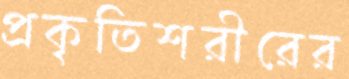
প্রকৃতিশরীরের